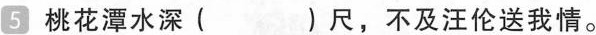
5桃花潭水深( )尺，不及汪伦送我情。